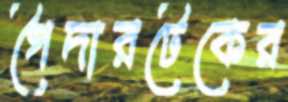
গৈদারটেকের